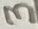
Text: 3